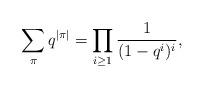
LaTeX: \begin{align*} \sum_\pi q^{\vert\pi\vert}=\prod _{i\ge1} ^{}\frac {1} {(1-q^i)^i} ,\end{align*}